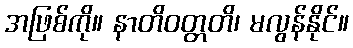
အဖြစ်ကို။ နာတိဝတ္တတိ၊ မလွန်နိုင်။